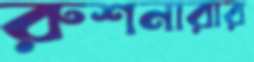
রুশনারার